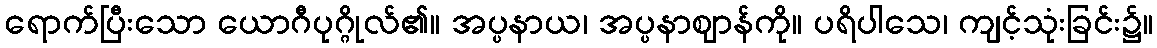
ရောက်ပြီးသော ယောဂီပုဂ္ဂိုလ်၏။ အပ္ပနာယ၊ အပ္ပနာဈာန်ကို။ ပရိပါသေ၊ ကျင့်သုံးခြင်း၌။